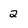
Character: 2